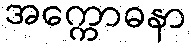
အက္ကောဓနာ